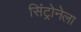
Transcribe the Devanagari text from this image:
सिंट्रोनेला